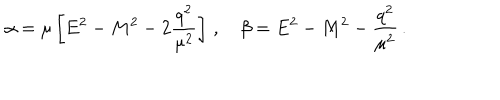
LaTeX: \alpha = \mu \left[ E ^ { 2 } - M ^ { 2 } - 2 \frac { q ^ { 2 } } { \mu ^ { 2 } } \right] \, , \quad \beta = E ^ { 2 } - M ^ { 2 } - \frac { q ^ { 2 } } { \mu ^ { 2 } } \, .